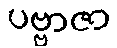
ပဗ္ဗာဇာ